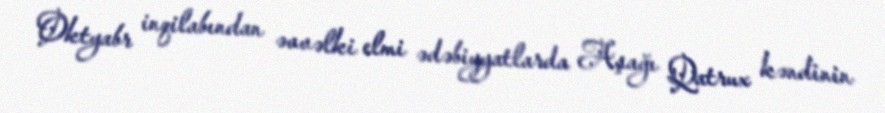
Oktyabr inqilabından əvvəlki elmi ədəbiyyatlarda Aşağı Qatrux kəndinin